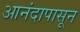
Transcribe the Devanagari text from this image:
आनंदापासून